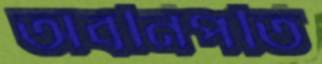
অবনিপতি